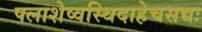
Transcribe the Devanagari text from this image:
पलाशेष्वस्थिदाहेचसद्यः